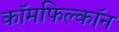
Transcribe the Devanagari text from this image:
कॉमफिल्कॉन